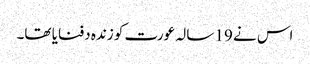
اس نے 19 سالہ عورت کو زندہ دفنایا تھا۔